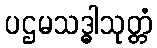
ပဌမသဒ္ဓါသုတ္တံ